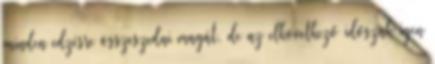
minden edzésre összeszedni magát, de az elkövetkező időszak igen